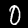
Label: 0